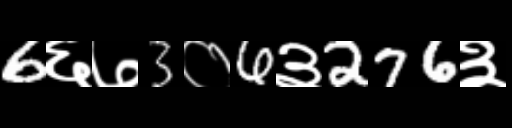
Text: 6६७3०6३276३